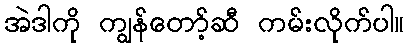
အဲဒါကို ကျွန်တော့်ဆီ ကမ်းလိုက်ပါ။